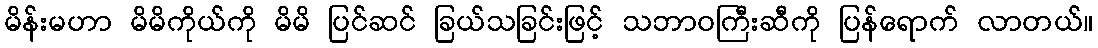
မိန်းမဟာ မိမိကိုယ်ကို မိမိ ပြင်ဆင် ခြယ်သခြင်းဖြင့် သဘာဝကြီးဆီကို ပြန်ရောက် လာတယ်။